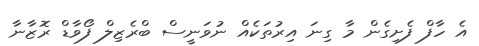
އެ ހާފް ފެށިގެން މާ ގިނަ އިރުތަކެއް ނުވަނީސް ބްރެޒިލް ފޯވާޑް ރޮޒާނާ